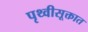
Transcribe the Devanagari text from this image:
पृथ्वीसूक्तात